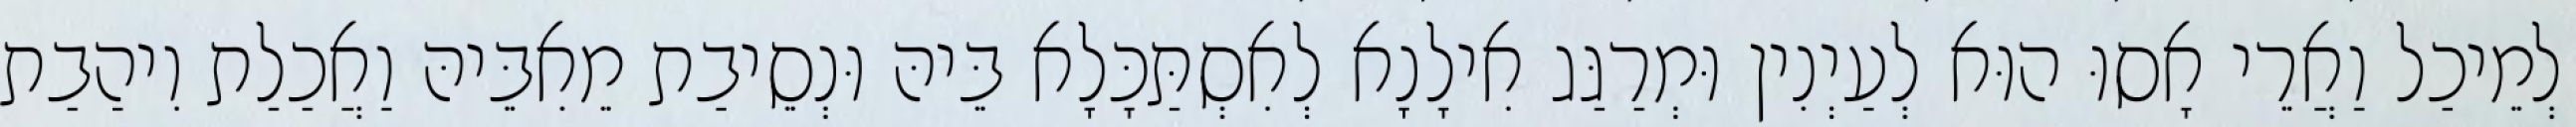
לְמֵיכַל וַאֲרֵי אָסוּ הוּא לְעַיְנִין וּמְרַגַּג אִילָנָא לְאִסְתַּכָּלָא בֵּיהּ וּנְסֵיבַת מֵאִבֵּיהּ וַאֲכַלַת וִיהַבַת